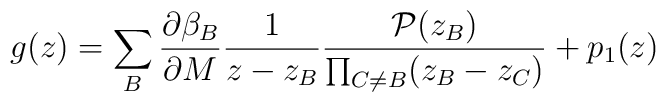
g(z) = \sum_B \frac{\partial\beta_B}{\partial M} \frac{1}{z-z_B} \frac{{\cal P}(z_B)}{\prod _{C\neq B} (z_B-z_C)} + p_1(z)